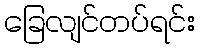
ခြေလျင်တပ်ရင်း